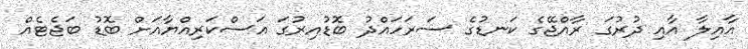
އާއިލާ އާއި ދުރުގަ ރާއްޖޭގެ ކަނޑުގެ ސަރަހައްދު ބޮޑުއިރުގަ އަސްކަރިއްޔާއަަށް ބޮޑު ބަޖެޓެއް